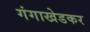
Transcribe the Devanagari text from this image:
गंगाखेडकर